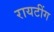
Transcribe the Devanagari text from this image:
रायटींग